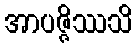
အာပဇ္ဇိဿသိ